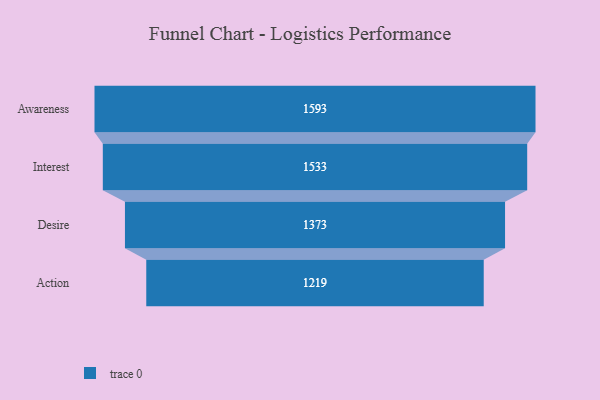
{"axis": {"x": "Stage", "y": "Value"}, "legend": [""], "data": [{"x": "Awareness", "y": 1593.0, "type": ""}, {"x": "Interest", "y": 1533.0, "type": ""}, {"x": "Desire", "y": 1373.0, "type": ""}, {"x": "Action", "y": 1219.0, "type": ""}]}